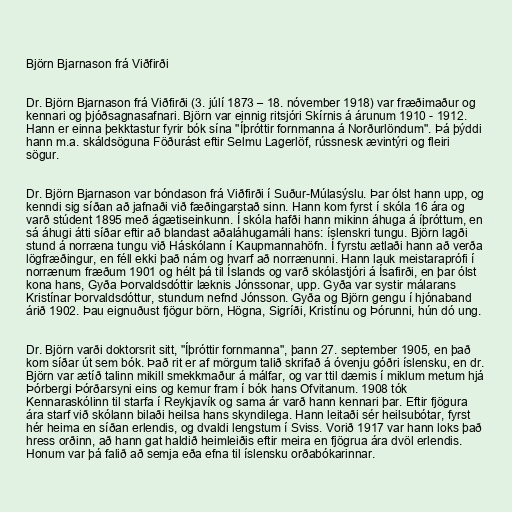
Björn Bjarnason frá Viðfirði

Dr. Björn Bjarnason frá Viðfirði (3. júlí 1873 – 18. nóvember 1918) var fræðimaður og
kennari og þjóðsagnasafnari. Björn var einnig ritsjóri Skírnis á árunum 1910 - 1912.
Hann er einna þekktastur fyrir bók sína "Íþróttir fornmanna á Norðurlöndum". Þá þýddi
hann m.a. skáldsöguna Föðurást eftir Selmu Lagerlöf, rússnesk ævintýri og fleiri
sögur.

Dr. Björn Bjarnason var bóndason frá Viðfirði í Suður-Múlasýslu. Þar ólst hann upp, og
kenndi sig síðan að jafnaði við fæðingarstað sinn. Hann kom fyrst í skóla 16 ára og
varð stúdent 1895 með ágætiseinkunn. Í skóla hafði hann mikinn áhuga á íþróttum, en
sá áhugi átti síðar eftir að blandast aðaláhugamáli hans: íslenskri tungu. Björn lagði
stund á norræna tungu við Háskólann í Kaupmannahöfn. Í fyrstu ætlaði hann að verða
lögfræðingur, en féll ekki það nám og hvarf að norrænunni. Hann lauk meistaraprófi í
norrænum fræðum 1901 og hélt þá til Íslands og varð skólastjóri á Ísafirði, en þar ólst
kona hans, Gyða Þorvaldsdóttir læknis Jónssonar, upp. Gyða var systir málarans
Kristínar Þorvaldsdóttur, stundum nefnd Jónsson. Gyða og Björn gengu í hjónaband
árið 1902. Þau eignuðust fjögur börn, Högna, Sigríði, Kristínu og Þórunni, hún dó ung.

Dr. Björn varði doktorsrit sitt, "Íþróttir fornmanna", þann 27. september 1905, en það
kom síðar út sem bók. Það rit er af mörgum talið skrifað á óvenju góðri íslensku, en dr.
Björn var ætíð talinn mikill smekkmaður á málfar, og var ttil dæmis í miklum metum hjá
Þórbergi Þórðarsyni eins og kemur fram í bók hans Ofvitanum. 1908 tók
Kennaraskólinn til starfa í Reykjavík og sama ár varð hann kennari þar. Eftir fjögura
ára starf við skólann bilaði heilsa hans skyndilega. Hann leitaði sér heilsubótar, fyrst
hér heima en síðan erlendis, og dvaldi lengstum í Sviss. Vorið 1917 var hann loks það
hress orðinn, að hann gat haldið heimleiðis eftir meira en fjögrua ára dvöl erlendis.
Honum var þá falið að semja eða efna til íslensku orðabókarinnar.